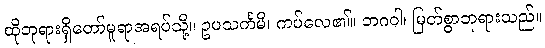
ထိုဘုရားရှိတော်မူရာအရပ်သို့။ ဥပသင်္ကမိ၊ ကပ်လေ၏။ ဘဂဝါ၊ မြတ်စွာဘုရားသည်။